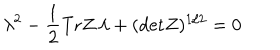
LaTeX: \lambda ^ { 2 } - { \frac { 1 } { 2 } } \mathrm { T r } Z \, \lambda + ( \mathrm { d e t } Z ) ^ { 1 / 2 } = 0